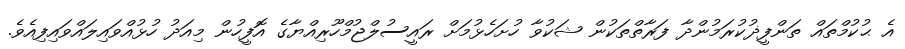
އެ ޙުކުމްތައް ތަންފީޛުކުރަމުންދާ ފަރާތްތަކުން ޝަކުވާ ހުށަހެޅުމަށް ރައީސުލްޖުމްހޫރިއްޔާގެ އޮފީހުން މިއަދު ހުޅުއްވައިލައްވައިފިއެވެ.